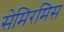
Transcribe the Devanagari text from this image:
सेमिरमिस